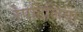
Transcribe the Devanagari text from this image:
रेपटिलिया